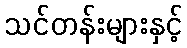
သင်တန်းများနှင့်